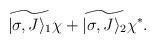
LaTeX: \begin{align*}\widetilde{|\sigma,J \rangle_1}\chi +\widetilde{|\sigma,J \rangle_2}\chi^*.\end{align*}